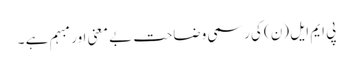
پی ایم ایل (ن) کی رسمی وضاحت بے معنی اور مبہم ہے ۔